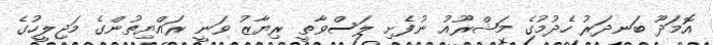
އޮމަދޫ ބަނދަރު ހެދުމުގެ މަޝްރޫއު ނުފެށި ލަސްވާތީ ރިޔާޒު ވަނީ ރައްޔިތުންގެ މަޖިލީހުގެ